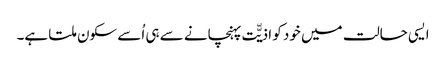
ایسی حالت میں خود کو اذیّّت پہنچانے سے ہی اُسے سکون ملتا ہے۔